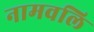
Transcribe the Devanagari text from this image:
नामवलि